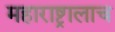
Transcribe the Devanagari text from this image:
महाराष्ट्रालाच